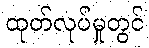
ထုတ်လုပ်မှုတွင်